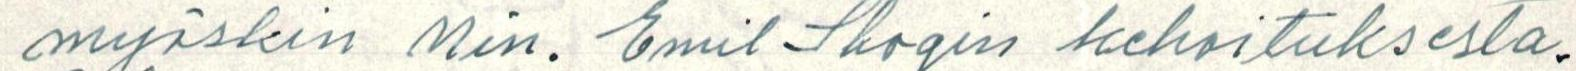
myöskin  Min. Emil Skogin kehoituksesta.